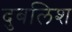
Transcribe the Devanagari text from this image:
दुबलिश